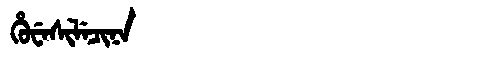
Manchu: ᡥᡠᠸᡝᠰᡳᠯᡝᠴᡳᠨᠠ
Romanization: HUWESILECINA